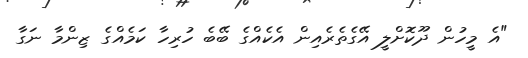
"އެ މީހުން ދޫކޮށްލީ އޭގެތެރެއިން އެކެއްގެ ބޭބެ ހުރިހާ ކަމެއްގެ ޒިންމާ ނަގާ